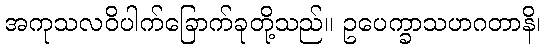
အကုသလဝိပါက်ခြောက်ခုတို့သည်။ ဥပေက္ခာသဟဂတာနိ၊